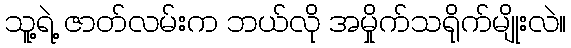
သူ့ရဲ့ ဇာတ်လမ်းက ဘယ်လို အမှိုက်သရိုက်မျိုးလဲ။